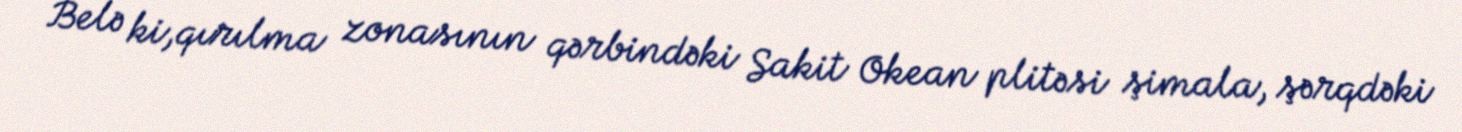
Belə ki,qırılma zonasının qərbindəki Sakit Okean plitəsi şimala, şərqdəki